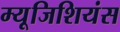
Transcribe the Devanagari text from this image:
म्यूजिशियंस